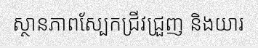
ស្ថានភាពស្បែកជ្រីវជ្រួញ និងយារ